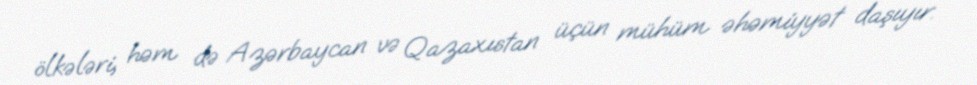
ölkələri, həm də Azərbaycan və Qazaxıstan üçün mühüm əhəmiyyət daşıyır.